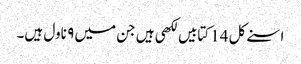
اسنے کل 14 کتابیں لکھی ہیں جن میں ۹ ناول ہیں۔